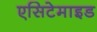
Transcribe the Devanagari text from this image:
एसिटेमाइड